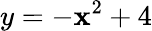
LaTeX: y=-\mathbf{x}^{2}+4